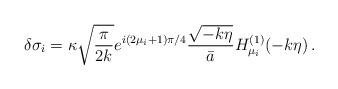
\begin{align*}\delta\sigma_i = \kappa \sqrt{{\pi \over 2k}} e^{i(2\mu_i+1)\pi/4}{\sqrt{-k\eta} \over \bar{a}} H_{\mu_i}^{(1)}(-k\eta) \, .\end{align*}